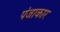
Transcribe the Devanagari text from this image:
पंजाकार